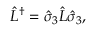
\hat { L } ^ { \dag } = \hat { \sigma } _ { 3 } \hat { L } \hat { \sigma } _ { 3 } ,